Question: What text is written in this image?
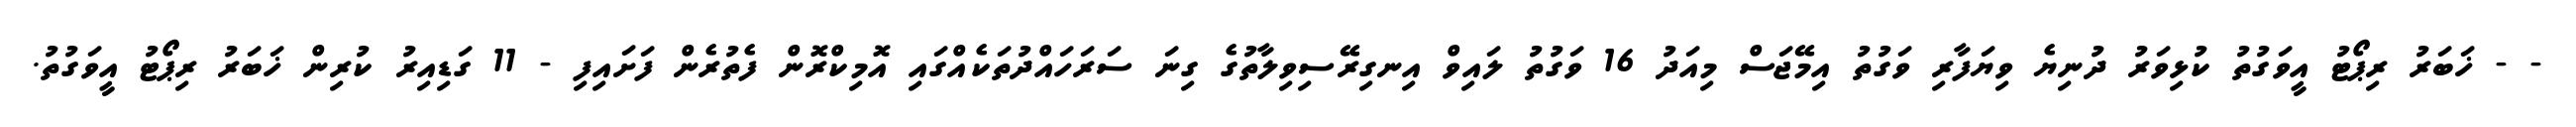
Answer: - - ޚަބަރު ރިޕޯޓު އީވަގުތު ކުޅިވަރު ދުނިޔެ ވިޔަފާރި ވަގުތު އިމޭޖަސް މިއަދު 16 ވަގުތު ލައިވް އިނގިރޭސިވިލާތުގެ ގިނަ ސަރަހައްދުތަކެއްގައި އޮމިކްރޮން ފެތުރެން ފަށައިފި - 11 ގަޑިއިރު ކުރިން ޚަބަރު ރިޕޯޓު އީވަގުތު.